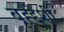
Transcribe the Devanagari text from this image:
बृह्द्देशी